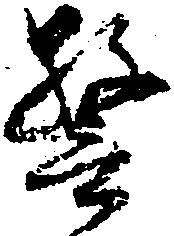
警